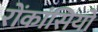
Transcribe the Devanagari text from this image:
रोंकांसियो